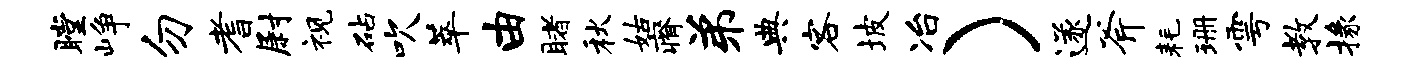
瞠峥勿耆尉视砧吹萃由睹秋姑瘠弟典客坡冶）遂斧耗珊雩教掾